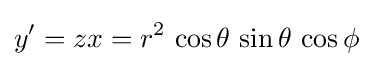
y'=zx=r^{2}\,\cos \theta \,\sin \theta \,\cos \phi